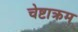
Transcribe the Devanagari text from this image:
चेष्टाक्रम